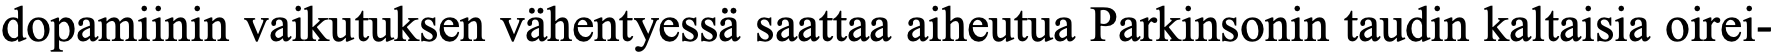
dopamiinin vaikutuksen vähentyessä saattaa aiheutua Parkinsonin taudin kaltaisia oirei-